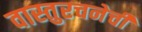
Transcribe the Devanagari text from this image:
वास्तुरचनेची